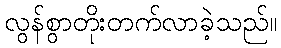
လွန်စွာတိုးတက်လာခဲ့သည်။